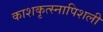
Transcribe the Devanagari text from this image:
काशकृत्स्नापिशली